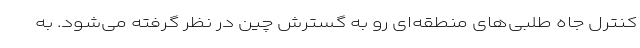
کنترل جاه طلبی‌های منطقه‌ای رو به گسترش چین در نظر گرفته می‌شود. به